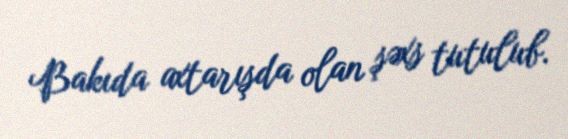
Bakıda axtarışda olan şəxs tutulub.